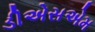
ડીએસએમ